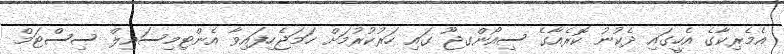
އެމެރިކާގެ އެހީގައި ދެކުނު ކޮރެއާގެ ސިއޯންގޖޫ ގައި ހަރުކުރުމަށް ހަމަޖެހިފައިވާ އެންޓިމިސައިލް ސިސްޓަމް